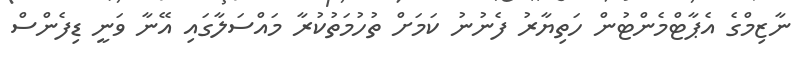
ނާޒިމްގެ އެޕާޓްމެންޓުން ހަތިޔާރު ފެނުނު ކަމަށް ތުހުމަތުކުރާ މައްސަލާގައި އޭނާ ވަނީ ޑިފެންސް